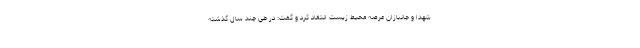
شهدا و جانبازان عرصه محیط زیست انتقاد کرد و گفت: در طی چند سال گذشته